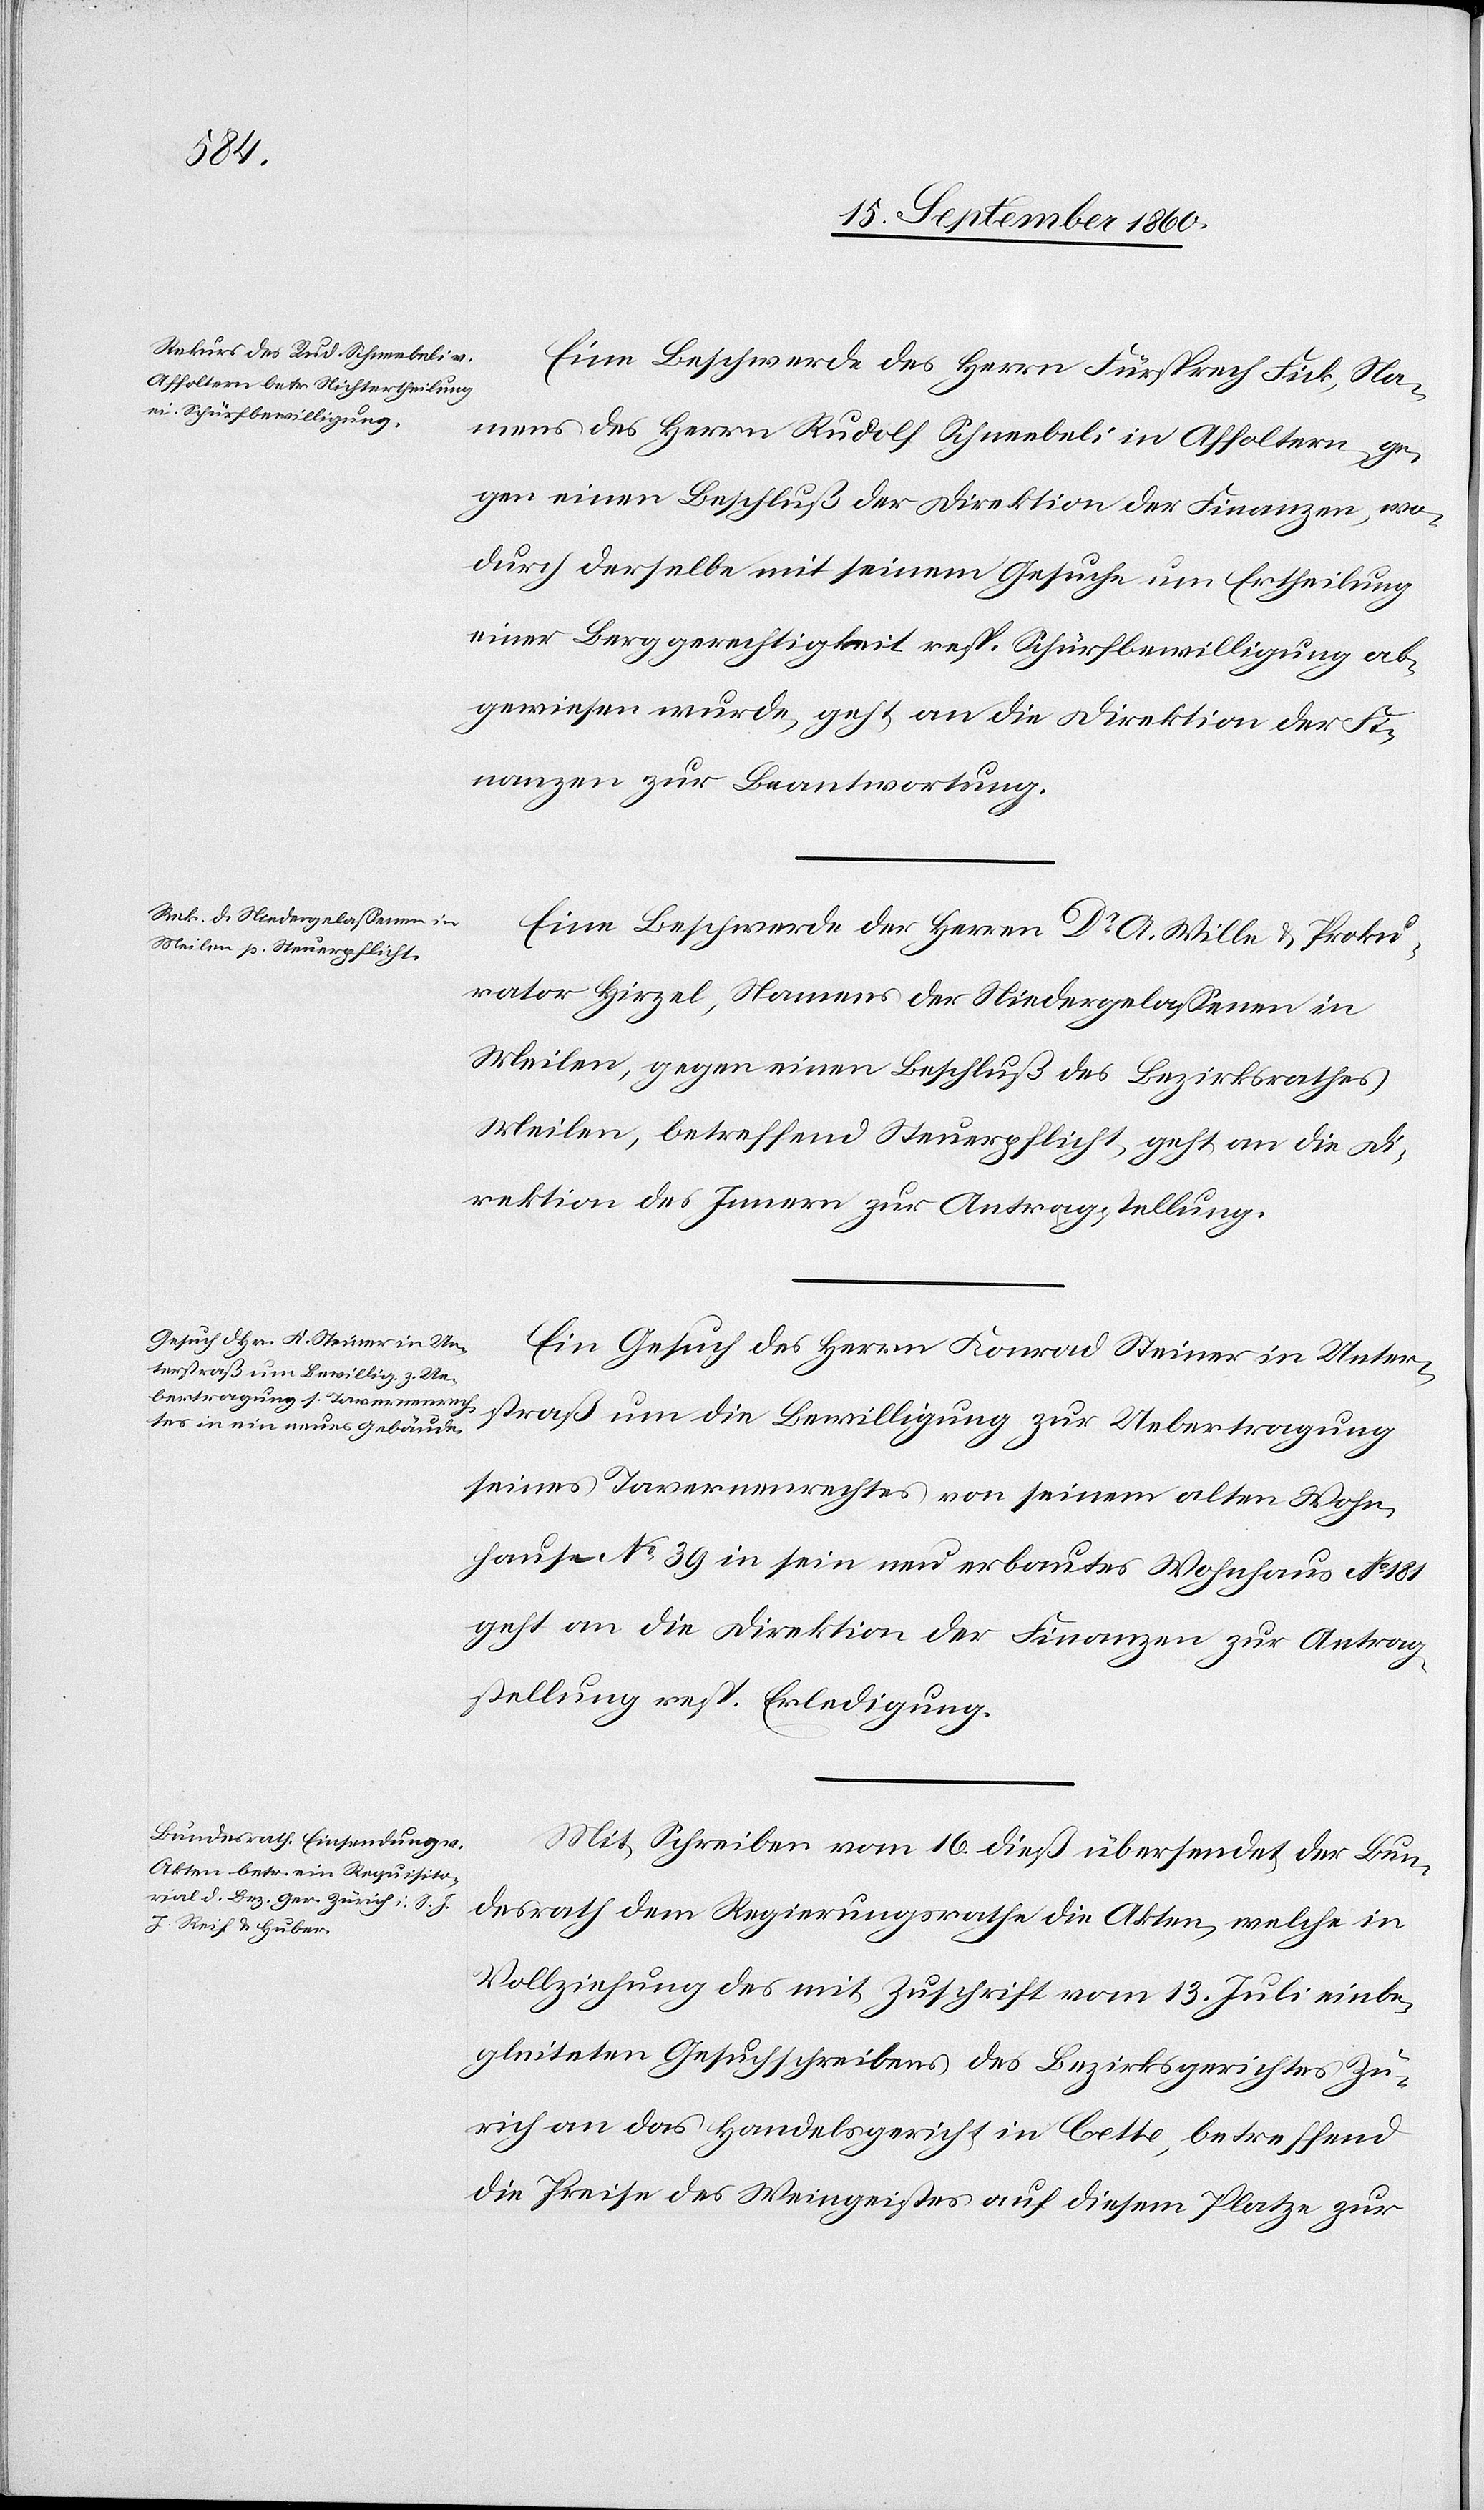
18. September 1860.]
Eine Beschwerde des Herrn Fürsprech Fick, Na¬
mens des Herrn Rudolf Schneebeli in Affoltern ge¬
gen einen Beschluß der Direktion der Finanzen, wo¬
durch derselbe mit seinem Gesuche um Ertheilung
einer Berggerechtigkeit resp. Schürfbewilligung ab¬
gewiesen wurde, geht an die Direktion der Fi¬
nanzen zur Beantwortung.
Eine Beschwerde der Herren Dr A. Wille & Proku¬
rator Hirzel, Namens der Niedergelassenen in
Meilen, gegen eine Beschluß des Bezirksrathes
Meilen, betreffend Steuerpflicht, geht an die Di¬
rektion des Innern zur Antragstellung.
Ein Gesuch des Herrn Konrad Steiner in Unter¬
straß um die Bewilligung zur Uebertragung
seines Tavernenrechtes von seinem alten Wohn¬
hause No 39 in sein neu erbautes Wohnhaus No 181
geht an die Direktion der Finanzen zur Antrag¬
stellung resp. Erledigung.
Mit Schreiben vom 16. dieß übersendet der Bun¬
desrath dem Regierungsrathe die Akten, welche in
Vollziehung des mit Zuschrift vom 13. Juli einbe¬
gleiteten Gesuchschreibens des Bezirksgerichtes Zü¬
rich an das Handelsgericht in Cette, betreffend
die Preise des Weingeistes auf diesem Platze zur